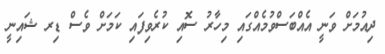
ދިއުމަށް ވަނީ އެއްބަސްވުމެއްގައި މިހާރު ސޮއި ކުރެވިފައި ކަމަށް ވެސް ޑިރ ޝައިނީ